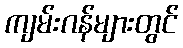
ကျမ်းဂန်များတွင်